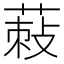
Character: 𦵪